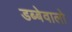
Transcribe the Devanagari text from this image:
डब्बेवालो